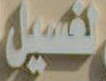
لغسيل